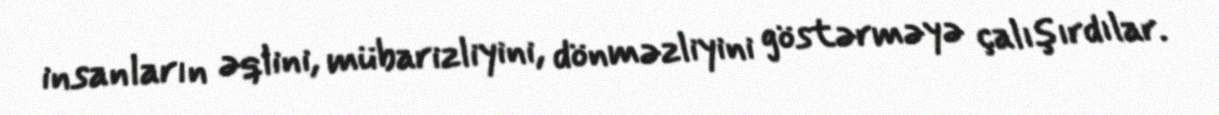
insanların əqlini, mübarizliyini, dönməzliyini göstərməyə çalışırdılar.